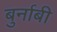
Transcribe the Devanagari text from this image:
बुर्नाबी